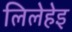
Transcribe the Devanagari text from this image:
लिलेहेइ